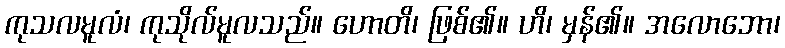
ကုသလမူလံ၊ ကုသိုလ်မူလသည်။ ဟောတိ၊ ဖြစ်၏။ ဟိ၊ မှန်၏။ အလောဘော၊